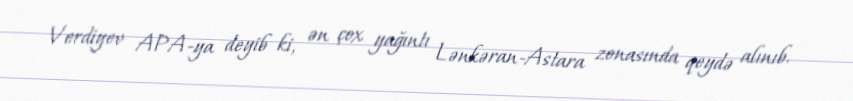
Verdiyev APA-ya deyib ki, ən çox yağıntı Lənkəran-Astara zonasında qeydə alınıb.